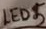
Text: LED5